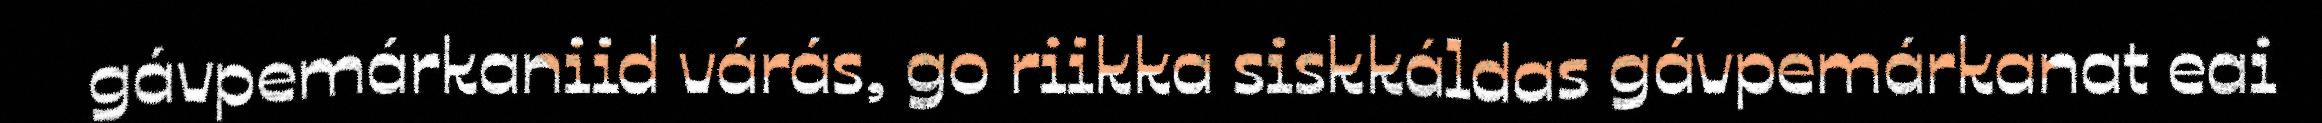
gávpemárkaniid várás, go riikka siskkáldas gávpemárkanat eai